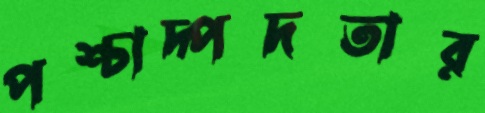
পশ্চাদ্পদতার